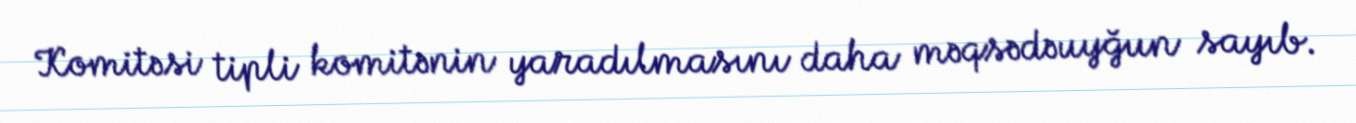
Komitəsi tipli komitənin yaradılmasını daha məqsədəuyğun sayıb.